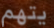
يتهم